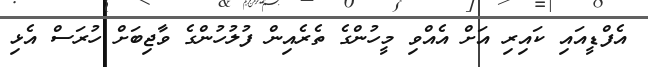
އެފްޑީއައި ކައިރި އަށް އެއްވި މީހުންގެ ތެރެއިން ފުލުހުންގެ ވާޖިބަށް ހުރަސް އެޅި